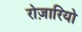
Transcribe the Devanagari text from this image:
रोज़ारियो